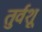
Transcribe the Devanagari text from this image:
तुर्वशू